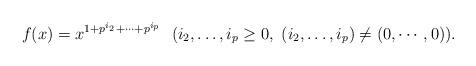
LaTeX: \begin{align*}f (x) = x^{1 + p^{i_2} + \cdots + p^{i_{p}}} \ \ (i_2, \dots, i_{p} \geq 0, \ (i_2, \dots, i_{p}) \not = (0, \cdots, 0) ). \end{align*}